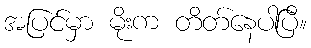
အပြင်မှာ မိုးက တိတ်နေပါပြီ။